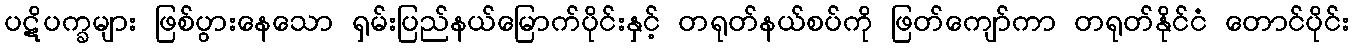
ပဋိပက္ခများ ဖြစ်ပွားနေသော ရှမ်းပြည်နယ်မြောက်ပိုင်းနှင့် တရုတ်နယ်စပ်ကို ဖြတ်ကျော်ကာ တရုတ်နိုင်ငံ တောင်ပိုင်း